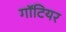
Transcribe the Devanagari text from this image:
गॉटियर